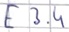
Text: E3.4